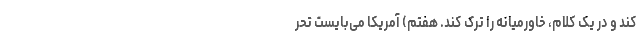
کند و در یک کلام، خاورمیانه را ترک کند. هفتم) آمریکا می‌بایست تحر